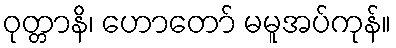
ဝုတ္တာနိ၊ ဟောတော် မမူအပ်ကုန်။